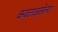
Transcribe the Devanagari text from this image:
कवटाळलेल्या